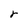
Character: r